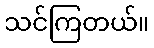
သင်ကြတယ်။